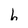
Character: h